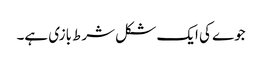
جوے کی ایک شکل شرط بازی ہے۔